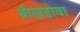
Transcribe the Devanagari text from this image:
श्रीखंडोबा